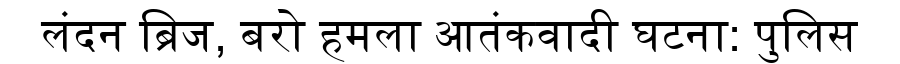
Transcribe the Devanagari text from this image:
लंदन ब्रिज, बरो हमला आतंकवादी घटना: पुलिस